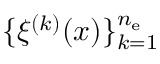
\{ \xi ^ { ( k ) } ( x ) \} _ { k = 1 } ^ { n _ { \mathrm { e } } }